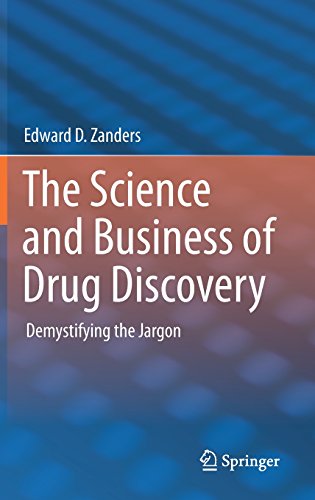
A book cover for The Science and Business of Drug Discovery: Demystifying the Jargon; Edward D. Zanders; Business & Money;